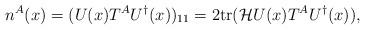
LaTeX: \begin{align*}n^A(x) = (U(x) T^A U^\dagger(x))_{11} = 2{\rm tr}({\cal H} U(x) T^A U^\dagger(x)) ,\end{align*}